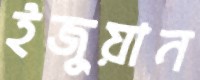
ইজুয়ান